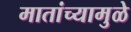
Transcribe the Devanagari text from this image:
मातांच्यामुळे